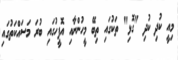
މިއީ ކުދި ކުދި "ގޮޅި" ތަކުގައި ތިބޭ މީހުންނާއި އޮފީހުގައި ބުރަ މަސައްކަތުގައި